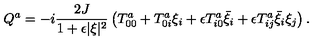
Q ^ { a } = - i \frac { 2 J } { 1 + \epsilon \vert \xi \vert ^ { 2 } } \left( T _ { 0 0 } ^ { a } + T _ { 0 i } ^ { a } \xi _ { i } + \epsilon T _ { i 0 } ^ { a } \bar { \xi } _ { i } + \epsilon T _ { i j } ^ { a } \bar { \xi } _ { i } \xi _ { j } \right) .